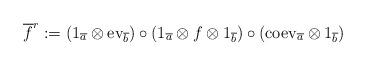
LaTeX: \begin{align*}\overline{f}^{r}:=(1_{\overline{a}}\otimes {\rm ev}_{\overline{b}})\circ (1_{\overline{a}}\otimes f \otimes 1_{\overline{b}})\circ({\rm coev}_{\overline{a}}\otimes 1_{\overline{b}})\end{align*}